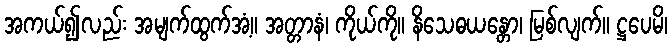
အကယ်၍လည်း အမျက်ထွက်အံ့။ အတ္တာနံ၊ ကိုယ်ကို။ နိသေဓယန္တော၊ မြစ်လျက်။ ဋ္ဌပေမိ၊